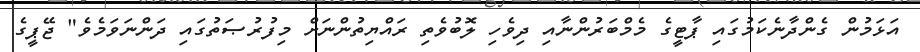
އަޅަމުން ގެންދާނެކަމުގައި ޕާޓީގެ މެމްބަރުންނާއި ދިވެހި ލޮބުވެތި ރައްޔިތުންނަށް މިފުރުޞަތުގައި ދަންނަވަމެވެ" ޖޭޕީގެ